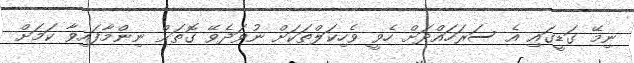
ނިމޭ ގަޑީގައި އެ ސަރަހައްދަށް ހެވީ ވެހިކަލްތަކަށް ނުވަދެވޭ ގޮތަށް ނިންމާފައިވާ ކަމަށް